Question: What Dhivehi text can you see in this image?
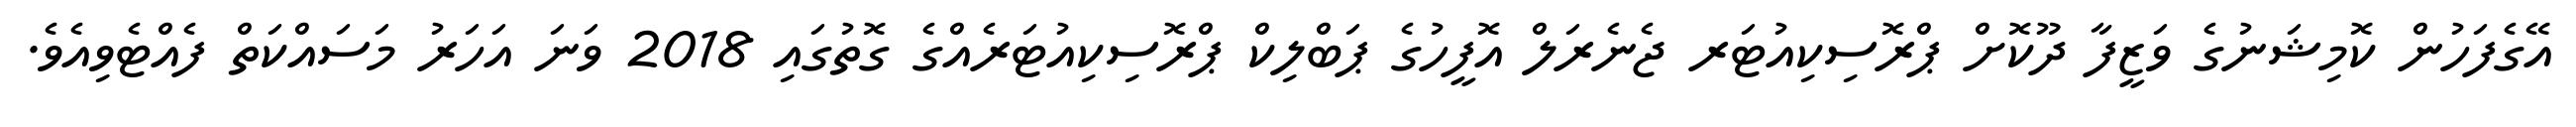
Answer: އޭގެފަހުން ކޮމިޝަނުގެ ވަޒީފާ ދޫކޮށް ޕްރޮސިކިއުޓަރ ޖެނެރަލް އޮފީހުގެ ޕަބްލިކް ޕްރޮސިކިއުޓަރެއްގެ ގޮތުގައި 2018 ވަނަ އަހަރު މަސައްކަތް ފެއްޓެވިއެވެ.